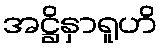
အဋ္ဌိနှာရူဟိ